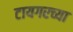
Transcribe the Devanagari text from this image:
टायगरच्या